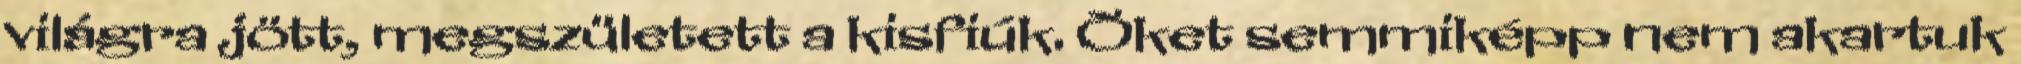
világra jött, megszületett a kisfiúk. Õket semmiképp nem akartuk